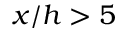
x / h > 5